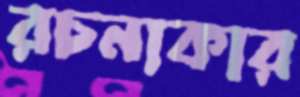
রচনাকার